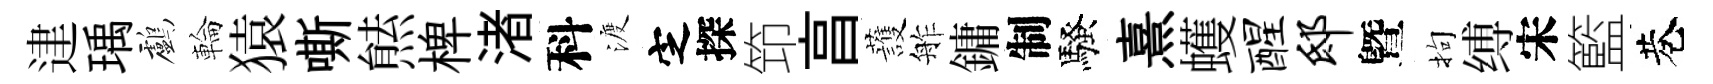
䢖瑀鸕輪猿嘶㷱椑渚科渡㝎探笻亯䕶舴鏞制騷熹蠖醒邸曁拘缚宋籃巷